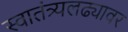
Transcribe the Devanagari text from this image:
स्वातंत्र्यलढ्यावर